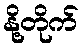
နို့တိုက်